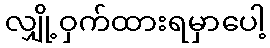
လျှို့ဝှက်ထားရမှာပေါ့